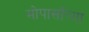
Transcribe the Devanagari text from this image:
मोपासाँच्या